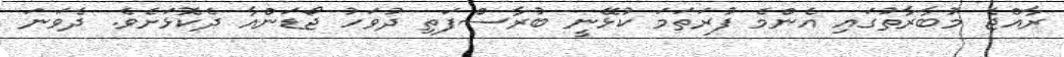
ރާއްޖެ މުބާރާތުގައި އެންމެ ފުރަތަމަ ކުޅޭނީ ބުރާސްފަތި ދުވަހު ޖޯޑަންއާ ދެކޮޅަށެވެ. ދެވަނަ